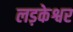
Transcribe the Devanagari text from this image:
लड़केश्वर